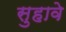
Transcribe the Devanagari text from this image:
सुहावे